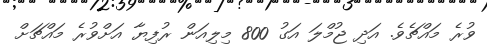
ވުރެ މައްޗެވެ. އަދި ޖުމްލަ އަގު 800 މިލިއަން ރުފިޔާ އަށްވުރެ މައްޗަށް